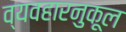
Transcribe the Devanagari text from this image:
व्यवहारनुकूल